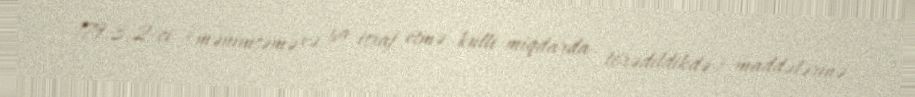
179.3.2-ci (mənimsəmə və ya israf etmə, külli miqdarda törədildikdə) maddələrinə